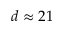
d \approx 2 1